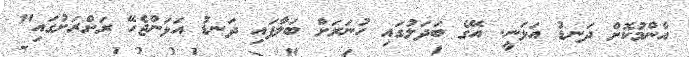
އާންމުކޮށް ދަނޑު އަޅަނީ. އޭގެ ބަދަލުގައި ހުނަރަށް ބަލާފައި ދަނޑު އަޅަންޖެހޭ ރަށްރަށުގައި"